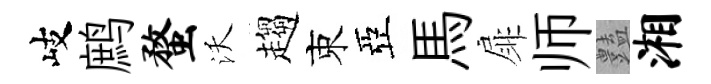
岐鹧蝥沃趨束亞馬扉师𧰟湘